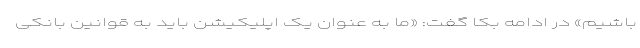
باشیم» در ادامه بکا گفت: «ما به عنوان یک اپلیکیشن باید به قوانین بانکی